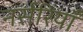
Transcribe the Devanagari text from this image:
नर्सरियाँ